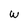
Character: w